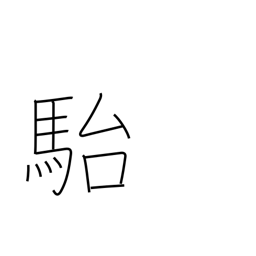
Meaning: stupid